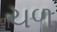
ચળ